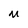
Character: M